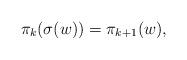
LaTeX: \begin{align*}\pi_k(\sigma(w))=\pi_{k+1}(w),\end{align*}